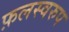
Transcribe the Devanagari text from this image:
फ़लस्वरुप